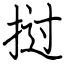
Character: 挝